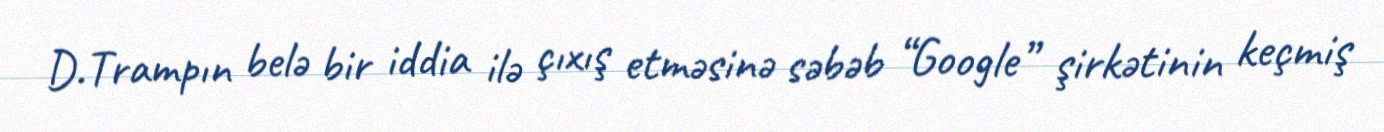
D.Trampın belə bir iddia ilə çıxış etməsinə səbəb “Google” şirkətinin keçmiş